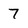
Character: 7